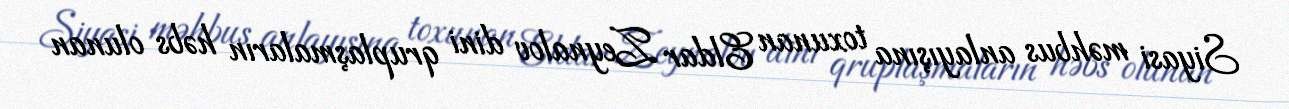
Siyasi məhbus anlayışına toxunan Eldar Zeynalov dini qruplaşmaların həbs olunan